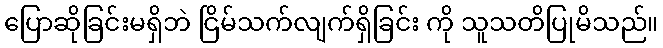
ပြောဆိုခြင်းမရှိဘဲ ငြိမ်သက်လျက်ရှိခြင်း ကို သူသတိပြုမိသည်။